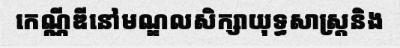
កេណ្ណីឌីនៅមណ្ឌលសិក្សាយុទ្ធសាស្ត្រនិង